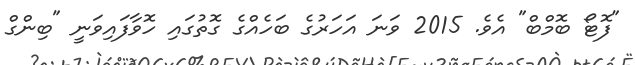
"ފޮޓޯ ބޮމްބް" އެވެ. 2015 ވަނަ އަހަރުގެ ބަހެއްގެ ގޮތުގައި ހޮވާފައިވަނީ "ބިންގް